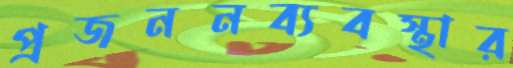
প্রজননব্যবস্থার